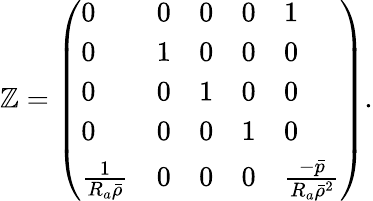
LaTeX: \mathbb{Z}=\left(\begin{array}{lllll}{0}&{0}&{0}&{0}&{1}\\ {0}&{1}&{0}&{0}&{0}\\ {0}&{0}&{1}&{0}&{0}\\ {0}&{0}&{0}&{1}&{0}\\ {\frac{1}{R_{a}\bar{\rho}}}&{0}&{0}&{0}&{\frac{-\bar{p}}{R_{a}\bar{\rho}^{2}}}\end{array}\right).